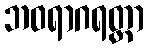
ဘဝရာဂရတ္တာ